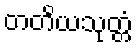
တတိယသုတ္တံ